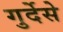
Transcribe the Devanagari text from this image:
गुर्देसे